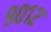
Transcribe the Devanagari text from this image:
९०१२